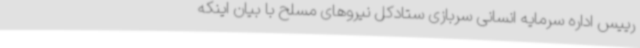
رییس اداره سرمایه انسانی سربازی ستادکل نیروهای مسلح با بیان اینکه